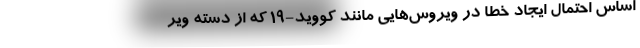
اساس احتمال ایجاد خطا در ویروس‌هایی مانند کووید-۱۹ که از دسته ویر